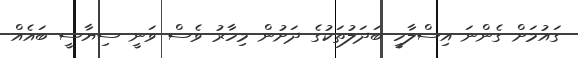
ގައުމަށް ގެންނަ އިސްލާހީ ބަދަލުތަކުގެ ދަށުން މިހާރު ވެސް ވަނީ ސިޔާސީ ބައެއް